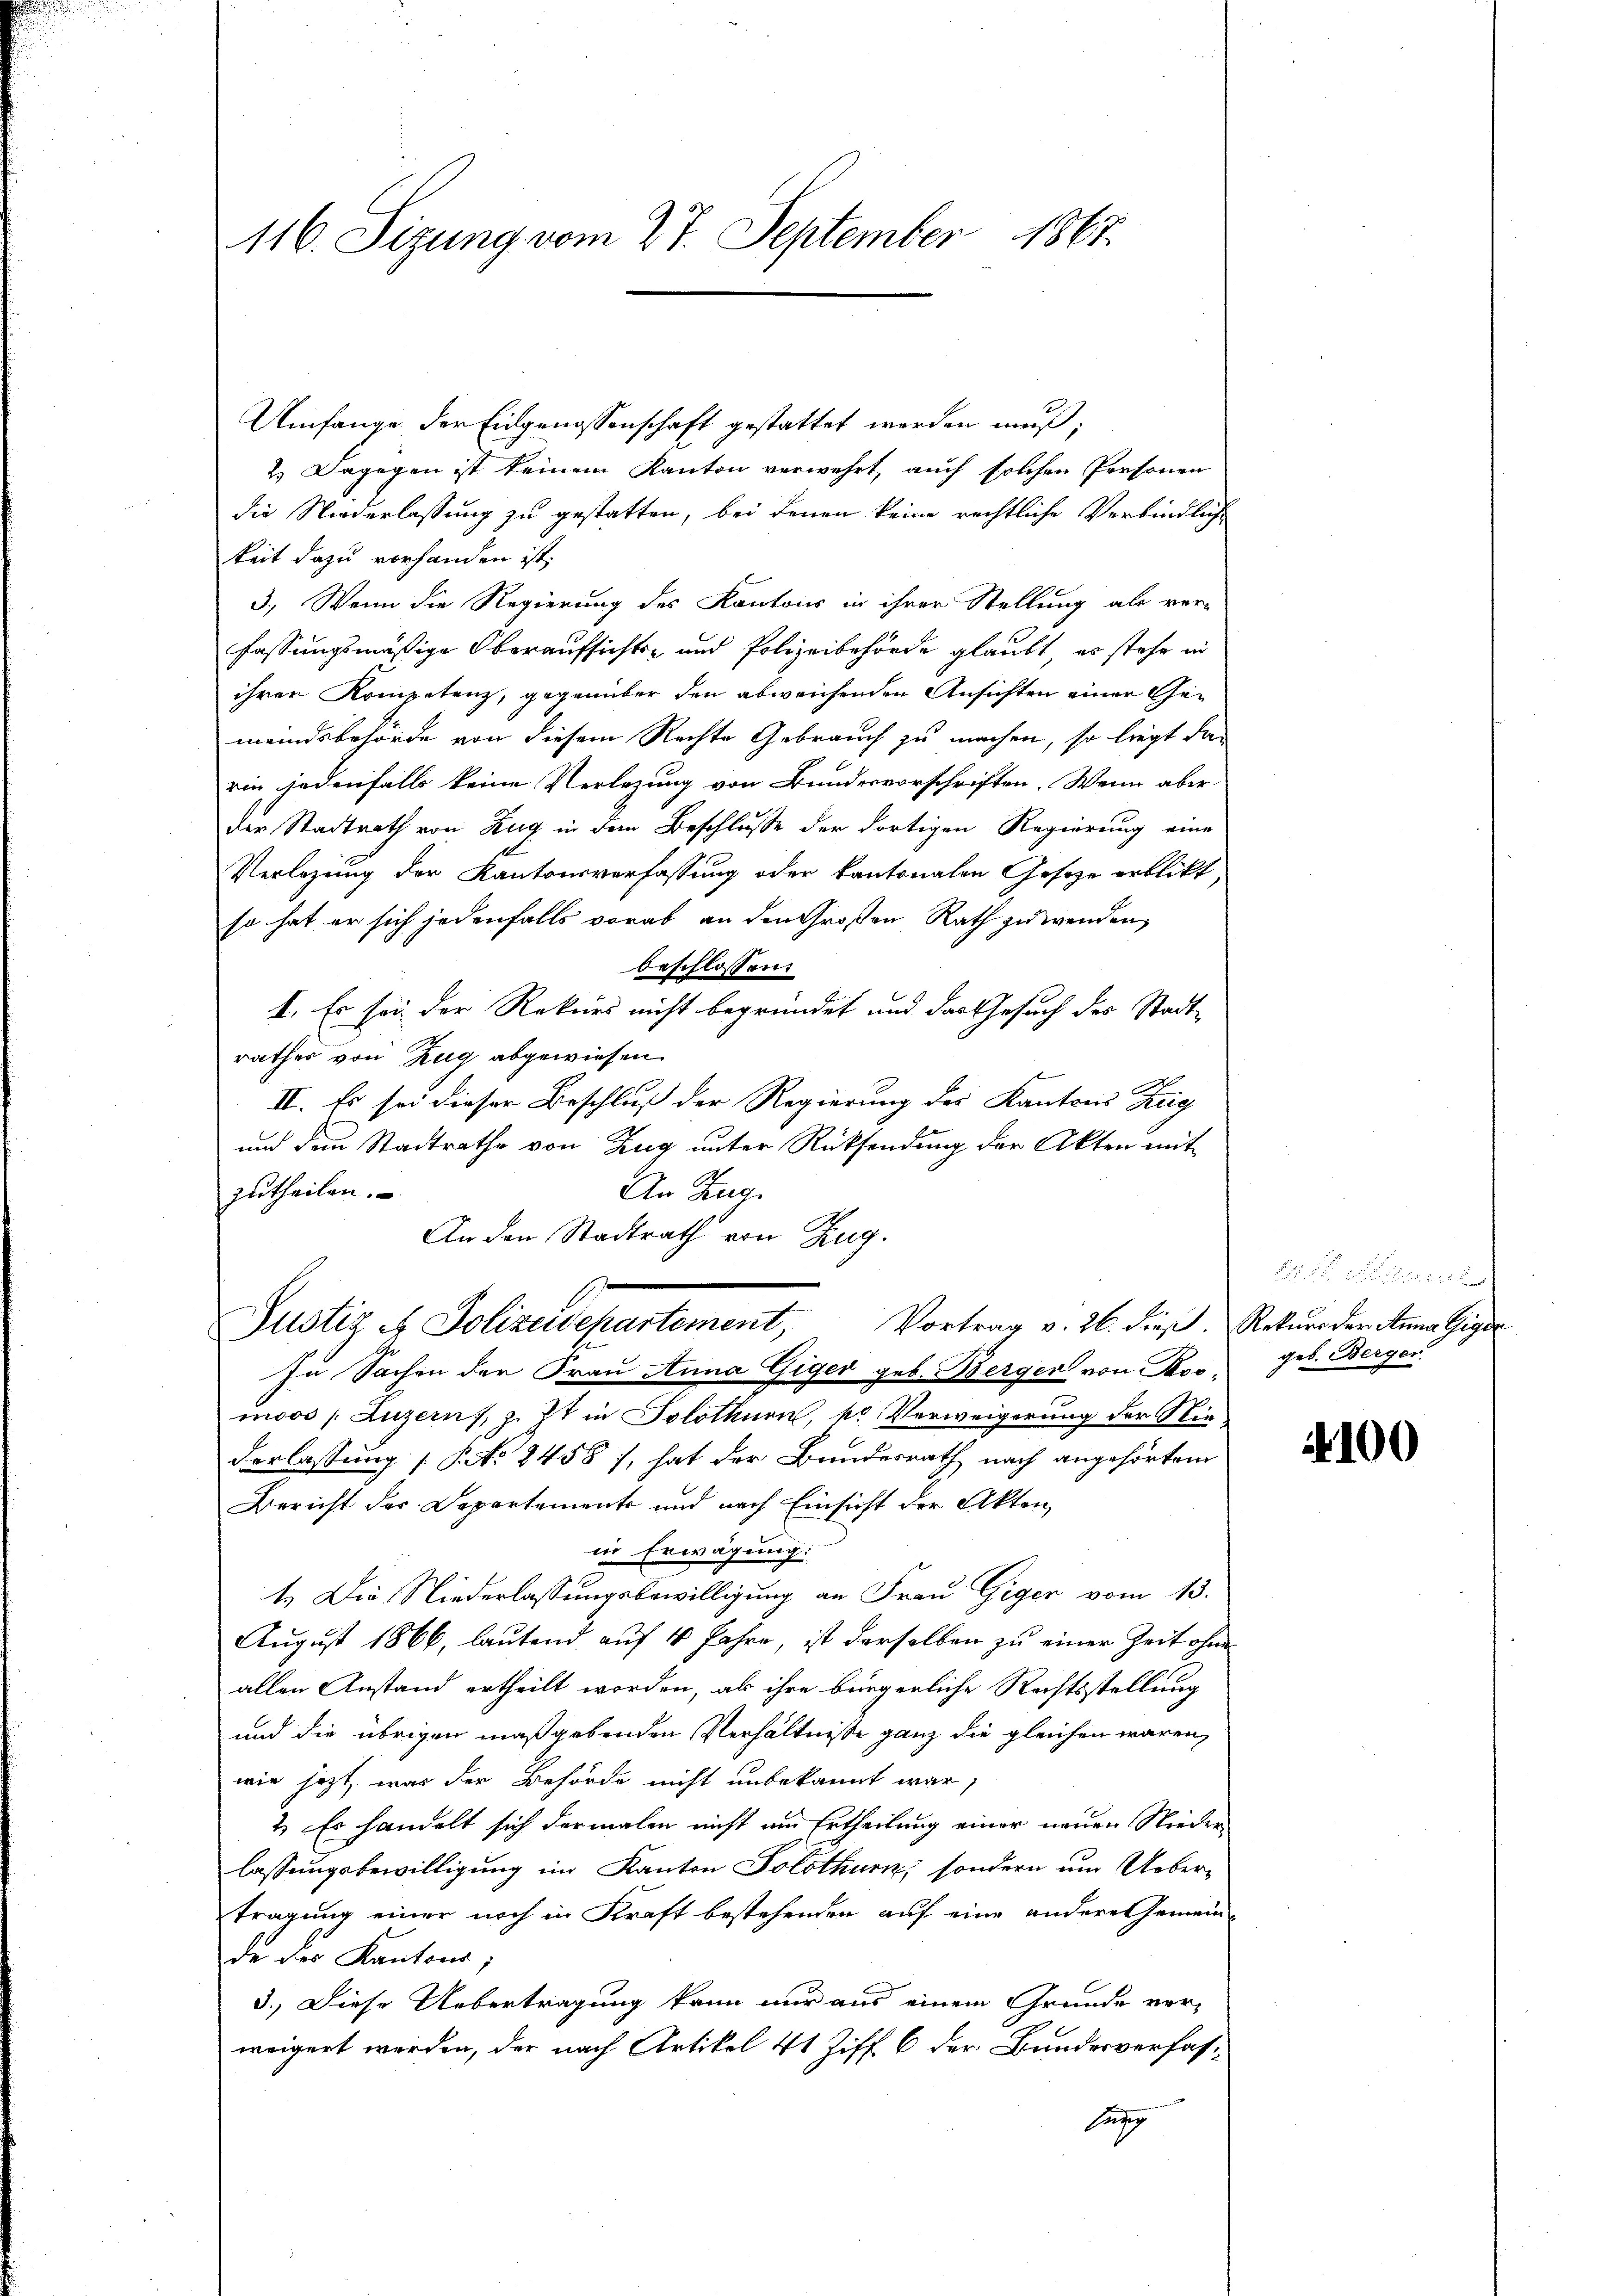
116. Sizung vom 27. September 1867.

Umfange der Eingenossenschaft gestattet werden muß,
2.) Dagegen ist keinem Kanton verwehrt, auch solchen Personen
die Niederlassung zu gestatten, bei denen keine rechtliche Verbindliche
keit dazu vorhanden ist,
3.) Wenn die Regierung des Kantons in ihrer Stellung als ver-
fassungsmäßige Oberaufsichts- und Polizeibehörde glaubt, es stehe in
ihrer Kompetenz, gegenüber den abweichenden Ansichten einer Gemeindsbehörde von diesem Rechte Gebrauch zu machen, so liegt das
rin jedenfalls keine Verlegung von Bundesvorschriften. Wenn aber
der Stadtrath von Zug in dem Beschlusse der dortigen Regierung eine
Verlesung der Kantonsverfassung oder kantonalen Gesetze erblickt,
so hat er sich jedenfalls vorab an den Großen Rath zu wenden,
beschlossen:
I. Es sei der Rekurs nicht begründet und das Gesuch des Stadtrathes von Zug abgewiesen.
II. Es sei dieser Beschluß der Regierung des Kantons Zug
und den Stadtrathe von Zug unter Rücksendung der Akten mit
An Zug.
zutheilen.
An den Stadtrath von Zug.
Justiz & Polizeidepartement, Vortrag v. 26. dieß. Rekurs der Anna Giger
In Sachen der Frau Anna Giger geb. Berger von Rosmoos (Luzern, z. Zt. in Solothurn, kr Verweigerung der Niederlassung (S. No 2458), hat der Bundesrath nach angehörten
Bericht des Departemente und nach Einsicht der Akten
in Erwägung.
1.) Die Niederlassungsbewilligung an Frau Giger vom 13.
August 1866, lautend auf 4 Jahre, ist derselben zu einer Zeit ohne
allen Anstand ertheilt worden, als ihre bürgerliche Rechtsstellung
und die übrigen maßgebenden Verhältnisse ganz die gleichen waren,
wie jezt, was der Behörde nicht unbekannt war,
2. Es handelt sich dermalen nicht um Ertheilung einer neuen Niederlassungsbewilligung im Kanton Solothurn, sondern um Uebertragung einer noch in Kraft bestehenden auf eine andere Gemeinde des Kantons;
3.) Diese Uebertragung kann nur aus einem Grunde verweigert werden, der nach Artikel 41 Ziff. 6 der Bundesverfas¬
Bagg

E. Bestimm
geb. Berger.

100